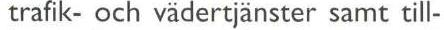
trafik- och vädertjänster samt till-